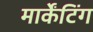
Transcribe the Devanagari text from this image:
मार्केंटिंग